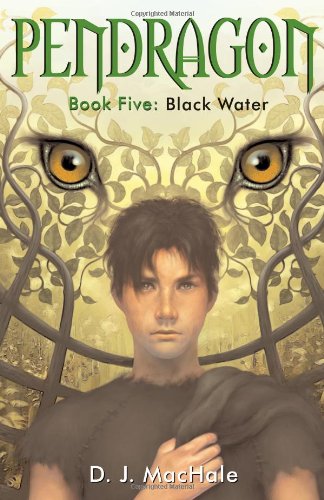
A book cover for Black Water (Pendragon #5); D.J. MacHale; Children's Books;